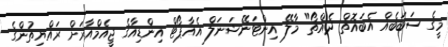
މީގެ ސަބަބެއް އެބައޮތް ދެއްތޯ" މާލޭ އިންޓަނޭޝަނަލް އެއާޕޯޓް އިންޑިއާގެ ޖީއެމްއާރަށް ރައްޔިތުންގެ